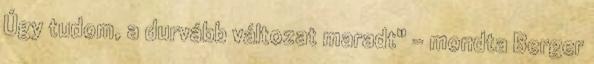
Úgy tudom, a durvább változat maradt" - mondta Berger